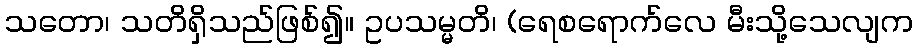
သတော၊ သတိရှိသည်ဖြစ်၍။ ဥပသမ္မတိ၊ (ရေစရောက်လေ မီးသို့သေလျက